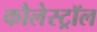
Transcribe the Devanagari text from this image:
कौलेस्ट्रॉल